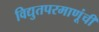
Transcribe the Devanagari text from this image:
विद्युतपरमाणूंची